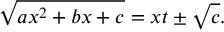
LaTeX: { \sqrt { a x ^ { 2 } + b x + c } } = x t \pm { \sqrt { c } } .